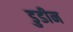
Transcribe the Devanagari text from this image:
डुडीन